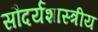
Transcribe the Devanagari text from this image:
सौदर्यशास्त्रीय